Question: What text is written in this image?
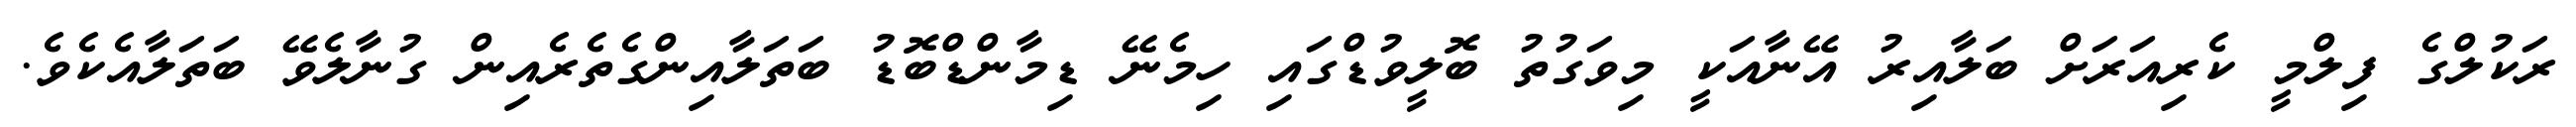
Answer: ރަކުލްގެ ފިލްމީ ކެރިއަރަށް ބަލާއިރު އޭނާއަކީ މިވަގުތު ބޮލީވުޑްގައި ހިމެނޭ ޑިމާންޑްބޮޑު ބަތަލާއިންގެތެރެއިން ގުނާލެވޭ ބަތަލާއެކެވެ.